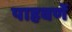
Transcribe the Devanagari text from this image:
पाहवणें